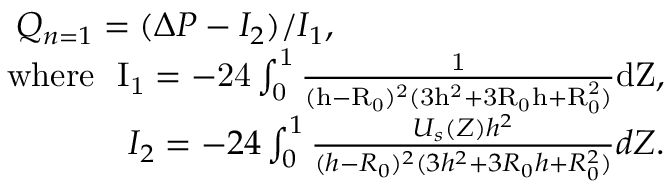
\begin{array} { r } { Q _ { n = 1 } = ( \Delta P - I _ { 2 } ) / I _ { 1 } , ~ ~ ~ ~ ~ ~ ~ ~ ~ ~ ~ ~ ~ ~ ~ ~ ~ ~ ~ ~ ~ ~ ~ ~ ~ ~ ~ ~ ~ } \\ { \mathrm { { w h e r e } ~ ~ I _ { 1 } = - 2 4 \int _ { 0 } ^ { 1 } \frac { 1 } { ( h - R _ { 0 } ) ^ { 2 } ( 3 h ^ { 2 } + 3 R _ { 0 } h + R _ { 0 } ^ { 2 } ) } d Z , } } \\ { I _ { 2 } = - 2 4 \int _ { 0 } ^ { 1 } \frac { U _ { s } ( Z ) h ^ { 2 } } { ( h - R _ { 0 } ) ^ { 2 } ( 3 h ^ { 2 } + 3 R _ { 0 } h + R _ { 0 } ^ { 2 } ) } d Z . } \end{array}